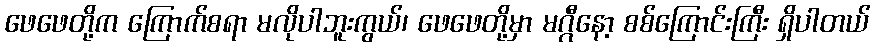
ဖေဖေတို့က ကြောက်စရာ မလိုပါဘူးကွယ်၊ ဖေဖေတို့မှာ မဂ္ဂီနော့ စစ်ကြောင်းကြီး ရှိပါတယ်